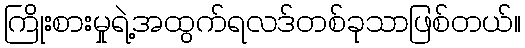
ကြိုးစားမှုရဲ့အထွက်ရလဒ်တစ်ခုသာဖြစ်တယ်။